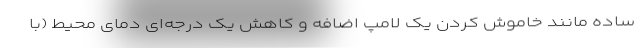
ساده مانند خاموش کردن یک لامپ اضافه و کاهش یک درجه‌ای دمای محیط (با